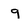
Character: q